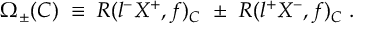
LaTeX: \Omega _ { \pm } ( C ) \; \equiv \; R ( l ^ { - } X ^ { + } , f ) _ { C } ~ \pm ~ R ( l ^ { + } X ^ { - } , f ) _ { C } \; .